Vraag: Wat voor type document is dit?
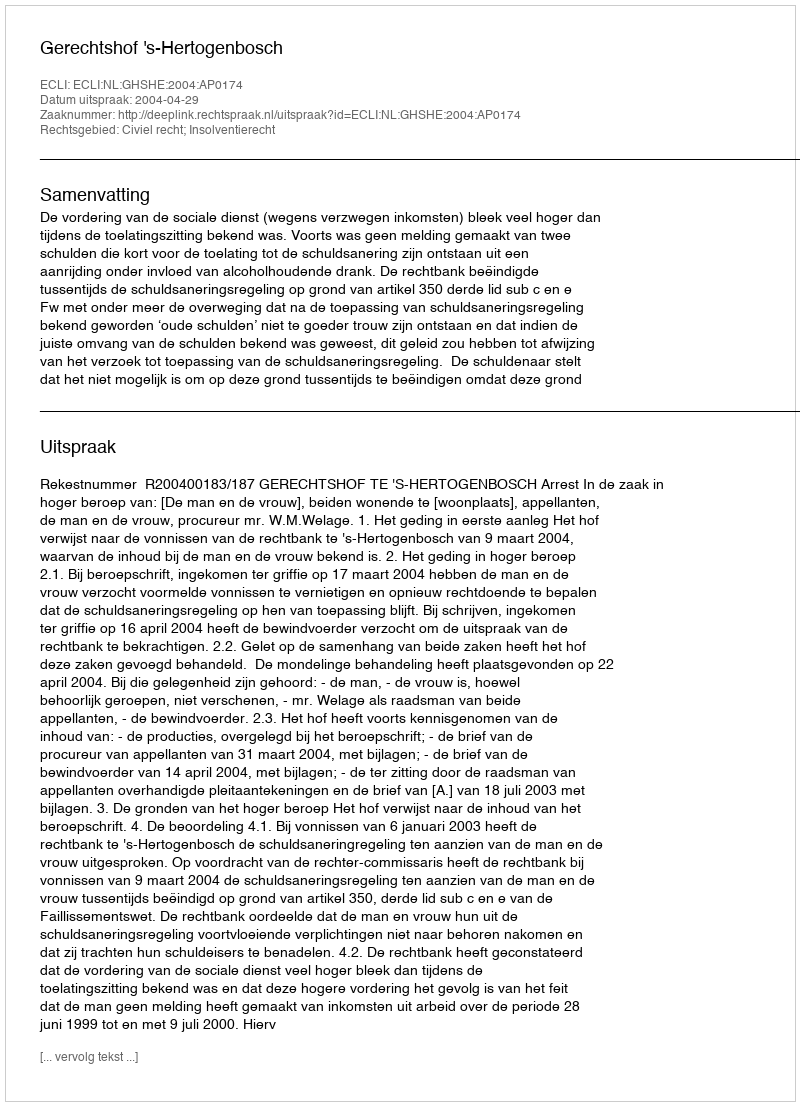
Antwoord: Uitspraak